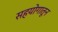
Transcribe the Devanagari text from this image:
सहयोगातून